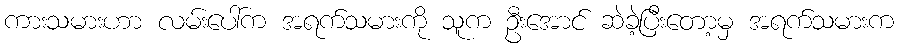
ကားသမားဟာ လမ်းပေါ်က အရက်သမားကို သူက ဦးအောင် ဆဲခဲ့ပြီးတော့မှ အရက်သမားက